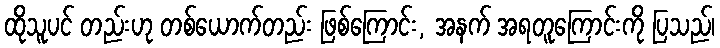
ထိုသူပင် တည်းဟု တစ်ယောက်တည်း ဖြစ်ကြောင်း, အနက် အရတူကြောင်းကို ပြသည်၊